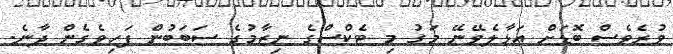
ވުރެވެސް ބޮޑަށް އަޅާލެވޭނޭ މަގު މި ޓެކްސްގެ ނިޒާމުގެ ސަބަބުން ފަހިވެގެން ދާނެ.